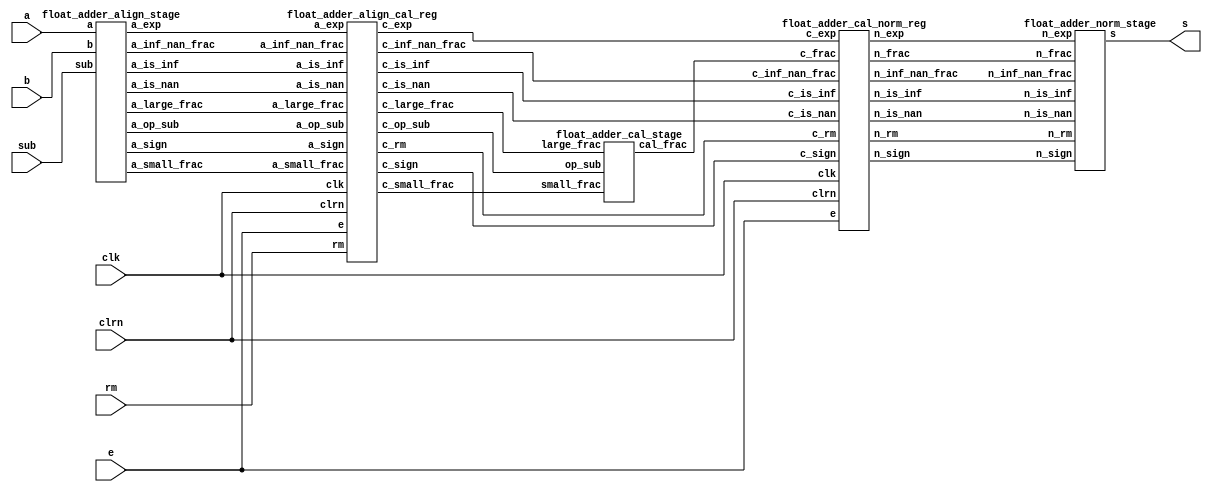
module pipelined_float_adder(
  input[31:0]  a,
  input[31:0]  b,
  input        sub,
  input[1:0]   rm,
  output[31:0] s,
  input        clk,
  input        clrn,
  input        e
);

wire[26:0] a_small_frac;
wire[23:0] a_large_frac;
wire[22:0] a_inf_nan_frac;
wire[7:0]  a_exp;
wire       a_is_nan, a_is_inf, a_sign, a_op_sub;

float_adder_align_stage align_stage(
  a, b, sub, a_is_nan, a_is_inf, a_inf_nan_frac, a_sign,
  a_exp, a_op_sub, a_large_frac, a_small_frac);

wire[1:0]  c_rm;
wire[26:0] c_small_frac;
wire[27:0] c_frac;
wire[23:0] c_large_frac;
wire[22:0] c_inf_nan_frac;
wire[7:0]  c_exp;
wire c_is_nan, c_is_inf, c_sign, c_op_sub;

float_adder_align_cal_reg align_cal_reg(
  rm, a_is_nan, a_is_inf, a_inf_nan_frac,
  a_sign, a_exp, a_op_sub, a_large_frac, a_small_frac,
  clk, clrn, e,
  c_rm, c_is_nan, c_is_inf, c_inf_nan_frac,
  c_sign, c_exp, c_op_sub, c_large_frac, c_small_frac);

float_adder_cal_stage cal_stage(
  c_op_sub, c_large_frac, c_small_frac, c_frac);

wire[1:0] n_rm;
wire[22:0] n_inf_nan_frac;
wire[7:0] n_exp;
wire[27:0] n_frac;
wire n_is_nan, n_is_inf, n_sign;

float_adder_cal_norm_reg cal_norm_reg(
  c_rm, c_is_nan, c_is_inf, c_inf_nan_frac, c_sign, c_exp, c_frac,
  clk, clrn, e,
  n_rm, n_is_nan, n_is_inf, n_inf_nan_frac, n_sign, n_exp, n_frac);

float_adder_norm_stage norm_stage(
  n_rm, n_is_nan, n_is_inf, n_inf_nan_frac, n_sign, n_exp, n_frac, s);

endmodule

module float_adder_align_stage(
  input[31:0]  a,
  input[31:0]  b,
  input        sub,
  output       a_is_nan,
  output       a_is_inf,
  output[22:0] a_inf_nan_frac,
  output       a_sign,
  output[7:0]  a_exp,
  output       a_op_sub,
  output[23:0] a_large_frac,
  output[26:0] a_small_frac
);
wire exchange = (b[30:0] > a[30:0]);
wire[31:0] fp_large = exchange ? b : a;
wire[31:0] fp_small = exchange ? a : b;
wire       fp_large_hidden_bit = |fp_large[30:23];
wire       fp_small_hidden_bit = |fp_small[30:23];
wire[23:0] large_frac24 = {fp_large_hidden_bit, fp_large[22:0]};
wire[23:0] small_frac24 = {fp_small_hidden_bit, fp_small[22:0]};
assign a_exp = fp_large[30:23];
assign a_sign = exchange ? sub ^ b[31] : a[31];
assign a_op_sub = sub ^ fp_large[31] ^ fp_small[31];
wire fp_large_expo_is_ff = &fp_large[30:23]; // exp == 0xff
wire fp_small_expo_is_ff = &fp_small[30:23];
wire fp_large_frac_is_00 = ~|fp_large[22:0]; // frac == 0x0
wire fp_small_frac_is_00 = ~|fp_small[22:0];
wire fp_large_is_inf = fp_large_expo_is_ff & fp_large_frac_is_00;
wire fp_small_is_inf = fp_small_expo_is_ff & fp_small_frac_is_00;
wire fp_large_is_nan = fp_large_expo_is_ff & ~fp_large_frac_is_00;
wire fp_small_is_nan = fp_small_expo_is_ff & ~fp_small_frac_is_00;
assign a_is_inf = fp_large_is_inf | fp_small_is_inf;
assign a_is_nan = fp_large_is_nan | fp_small_is_nan |
                  ((sub ^ fp_small[31] ^ fp_large[31]) & fp_large_is_inf & fp_small_is_inf);
wire[22:0] nan_frac = (a[21:0] > b[21:0]) ? {1'b1, a[21:0]} : {1'b1, b[21:0]};
assign a_inf_nan_frac = a_is_nan ? nan_frac : 23'h0;
wire[7:0] exp_diff = fp_large[30:23] - fp_small[30:23];
wire      small_den_only = (fp_large[30:23] != 0) & (fp_small[30:23] == 0);
wire[7:0] shift_amount = small_den_only ? exp_diff - 8'h1 : exp_diff;
wire[49:0] small_frac50 = (shift_amount >= 26) ? {26'h0, small_frac24} : {small_frac24, 26'h0} >> shift_amount;
assign a_large_frac = large_frac24;
assign a_small_frac = {small_frac50[49:24], |small_frac50[23:0]};
endmodule

module float_adder_align_cal_reg(
  input[1:0]  rm,
  input       a_is_nan,
  input       a_is_inf,
  input[22:0] a_inf_nan_frac,
  input       a_sign,
  input[7:0]  a_exp,
  input       a_op_sub,
  input[23:0] a_large_frac,
  input[26:0] a_small_frac,
  input       clk,
  input       clrn,
  input       e,
  output reg[1:0]  c_rm,
  output reg       c_is_nan,
  output reg       c_is_inf,
  output reg[22:0] c_inf_nan_frac,
  output reg       c_sign,
  output reg[7:0]  c_exp,
  output reg       c_op_sub,
  output reg[23:0] c_large_frac,
  output reg[26:0] c_small_frac
);
always @(posedge clk or negedge clrn) begin
  if(!clrn) begin
    c_rm <= 0;
    c_is_nan <= 0;
    c_is_inf <= 0;
    c_inf_nan_frac <= 0;
    c_sign <= 0;
    c_exp <= 0;
    c_op_sub <= 0;
    c_large_frac <= 0;
    c_small_frac <= 0;
  end else if(e) begin
    c_rm <= rm;
    c_is_nan <= a_is_nan;
    c_is_inf <= a_is_inf;
    c_inf_nan_frac <= a_inf_nan_frac;
    c_sign <= a_sign;
    c_exp <= a_exp;
    c_op_sub <= a_op_sub;
    c_large_frac <= a_large_frac;
    c_small_frac <= a_small_frac;
  end
end
endmodule

module float_adder_cal_stage(
  input        op_sub,
  input [23:0] large_frac,
  input [26:0] small_frac,
  output[27:0] cal_frac
);
wire[27:0] aligned_large_frac = {1'b0, large_frac, 3'b000};
wire[27:0] aligned_small_frac = {1'b0, small_frac};
assign cal_frac = op_sub ?
                  aligned_large_frac - aligned_small_frac :
                  aligned_large_frac + aligned_small_frac;
endmodule

module float_adder_cal_norm_reg(
  input[1:0]  c_rm,
  input       c_is_nan,
  input       c_is_inf,
  input[22:0] c_inf_nan_frac,
  input       c_sign,
  input[7:0]  c_exp,
  input[27:0] c_frac,
  input       clk,
  input       clrn,
  input       e,
  output reg[1:0]  n_rm,
  output reg       n_is_nan,
  output reg       n_is_inf,
  output reg[22:0] n_inf_nan_frac,
  output reg       n_sign,
  output reg[7:0]  n_exp,
  output reg[27:0] n_frac
);
always @(posedge clk or negedge clrn) begin
  if(!clrn) begin
    n_rm <= 0;
    n_is_nan <= 0;
    n_is_inf <= 0;
    n_inf_nan_frac <= 0;
    n_sign <= 0;
    n_exp <= 0;
    n_frac <= 0;
  end else if(e) begin
    n_rm <= c_rm;
    n_is_nan <= c_is_nan;
    n_is_inf <= c_is_inf;
    n_inf_nan_frac <= c_inf_nan_frac;
    n_sign <= c_sign;
    n_exp <= c_exp;
    n_frac <= c_frac;
  end
end
endmodule

module float_adder_norm_stage(
  input[1:0]  n_rm,
  input       n_is_nan,
  input       n_is_inf,
  input[22:0] n_inf_nan_frac,
  input       n_sign,
  input[7:0]  n_exp,
  input[27:0] n_frac,
  output[31:0] s
);
wire[26:0] f4, f3, f2, f1, f0;
wire[4:0] zeros;
assign zeros[4] = ~|n_frac[26:11]; // 16 bit shift
assign f4 = zeros[4] ? {n_frac[10:0], 16'b0} : n_frac[26:0];
assign zeros[3] = ~|f4[26:19];     // 8 bit shift
assign f3 = zeros[3] ? {f4[18:0], 8'b0} : f4;
assign zeros[2] = ~|f3[26:23];     // 4 bit shift
assign f2 = zeros[2] ? {f3[22:0], 4'b0} : f3;
assign zeros[1] = ~|f2[26:25];     // 2 bit shift
assign f1 = zeros[1] ? {f2[24:0], 2'b0} : f2;
assign zeros[0] = ~f1[26];         // 1 bit shift
assign f0 = zeros[0] ? {f1[25:0], 1'b0} : f1;
reg[26:0] frac0;
reg[7:0]  exp0;
always @* begin
  if(n_frac[27]) begin // 1x.xxxxxxxx
    frac0 = n_frac[27:1];
    exp0 = n_exp + 8'h1;
  end else begin
    if((n_exp > zeros) && (f0[26])) begin // 01.xxxxxx
      exp0 = n_exp - zeros;
      frac0 = f0;
    end else begin // denormalized or zero
      exp0 = 0;
      if(n_exp != 0)
        frac0 = n_frac[26:0] << (n_exp - 8'h1);
      else
        frac0 = n_frac[26:0];
    end
  end
end
wire frac_plus_1 = (n_rm == 2'b00 & frac0[3:0] == 4'b1100) |
                   (n_rm == 2'b00 & frac0[2] & (frac0[1] | frac0[0])) |
                   (n_rm == 2'b01 & (|frac0[2:0]) & n_sign) |
                   (n_rm == 2'b10 & (|frac0[2:0]) & ~n_sign);
wire[24:0] frac_round = {1'b0, frac0[26:3]} + frac_plus_1;
wire[7:0]  exponent = frac_round[24] ? exp0 + 8'h1 : exp0;
wire overflow = &exp0 | &exponent;
assign s = final_result(overflow, n_rm, n_sign, n_is_nan, n_is_inf, exponent, frac_round[22:0], n_inf_nan_frac);
function [31:0] final_result;
  input overflow;
  input[1:0] rm;
  input sign, is_nan, is_inf;
  input[7:0] exponent;
  input[22:0] fraction, inf_nan_frac;
  casex({overflow, rm, sign, is_nan, is_inf})
    6'b1_00_x_0_x : final_result = {sign,8'hff,23'h000000};   // inf
    6'b1_01_0_0_x : final_result = {sign,8'hfe,23'h7fffff};   // max
    6'b1_01_1_0_x : final_result = {sign,8'hff,23'h000000};   // inf
    6'b1_10_0_0_x : final_result = {sign,8'hff,23'h000000};   // inf
    6'b1_10_1_0_x : final_result = {sign,8'hfe,23'h7fffff};   // max
    6'b1_11_x_0_x : final_result = {sign,8'hfe,23'h7fffff};   // max
    6'b0_xx_x_0_0 : final_result = {sign,exponent,fraction};  // nor
    6'bx_xx_x_1_x : final_result = {1'b1,8'hff,inf_nan_frac}; // nan
    6'bx_xx_x_0_1 : final_result = {sign,8'hff,inf_nan_frac}; // inf
    default       : final_result = {sign,8'h00,23'h000000};   // 0
  endcase
endfunction
endmodule